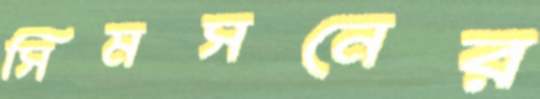
সিমসনের